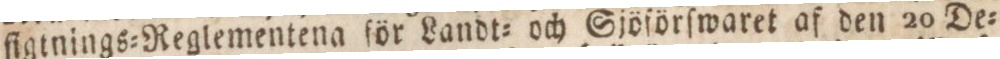
figtnings=Reglementena för Landt och Sjöförſwaret af den 20 De